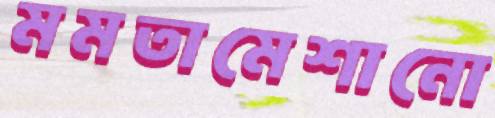
মমতামেশানো